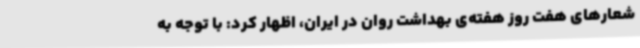
شعارهای هفت روز هفته‌ی بهداشت روان در ایران، اظهار کرد: با توجه به